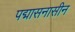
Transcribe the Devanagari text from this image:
पद्मासनासीन